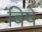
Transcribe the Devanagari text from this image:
बिषे